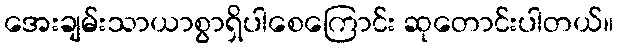
အေးချမ်းသာယာစွာရှိပါစေကြောင်း ဆုတောင်းပါတယ်။